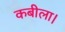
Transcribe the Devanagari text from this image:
कबीला।